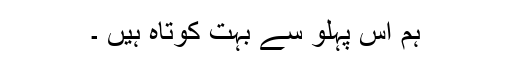
ہم اس پہلو سے بہت کوتاہ ہیں ۔